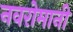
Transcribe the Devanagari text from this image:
नवरोमानी